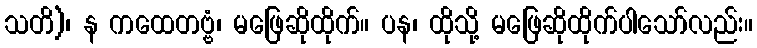
သတိ)၊ န ကထေတဗ္ဗံ၊ မဖြေဆိုထိုက်။ ပန၊ ထိုသို့ မဖြေဆိုထိုက်ပါသော်လည်း။